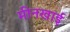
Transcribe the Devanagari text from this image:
मीनखाई